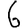
Digit: 6